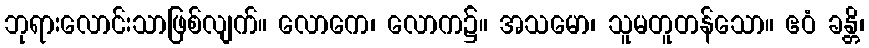
ဘုရားလောင်းသာဖြစ်လျက်။ လောကေ၊ လောက၌။ အသမော၊ သူမတူတန်သော။ ဧဝံ ခန္တိ၊